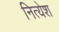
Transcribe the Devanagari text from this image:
नित्येश